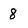
Character: 8